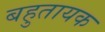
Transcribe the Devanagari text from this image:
बहुतायक